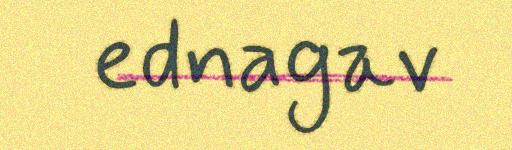
ednagav